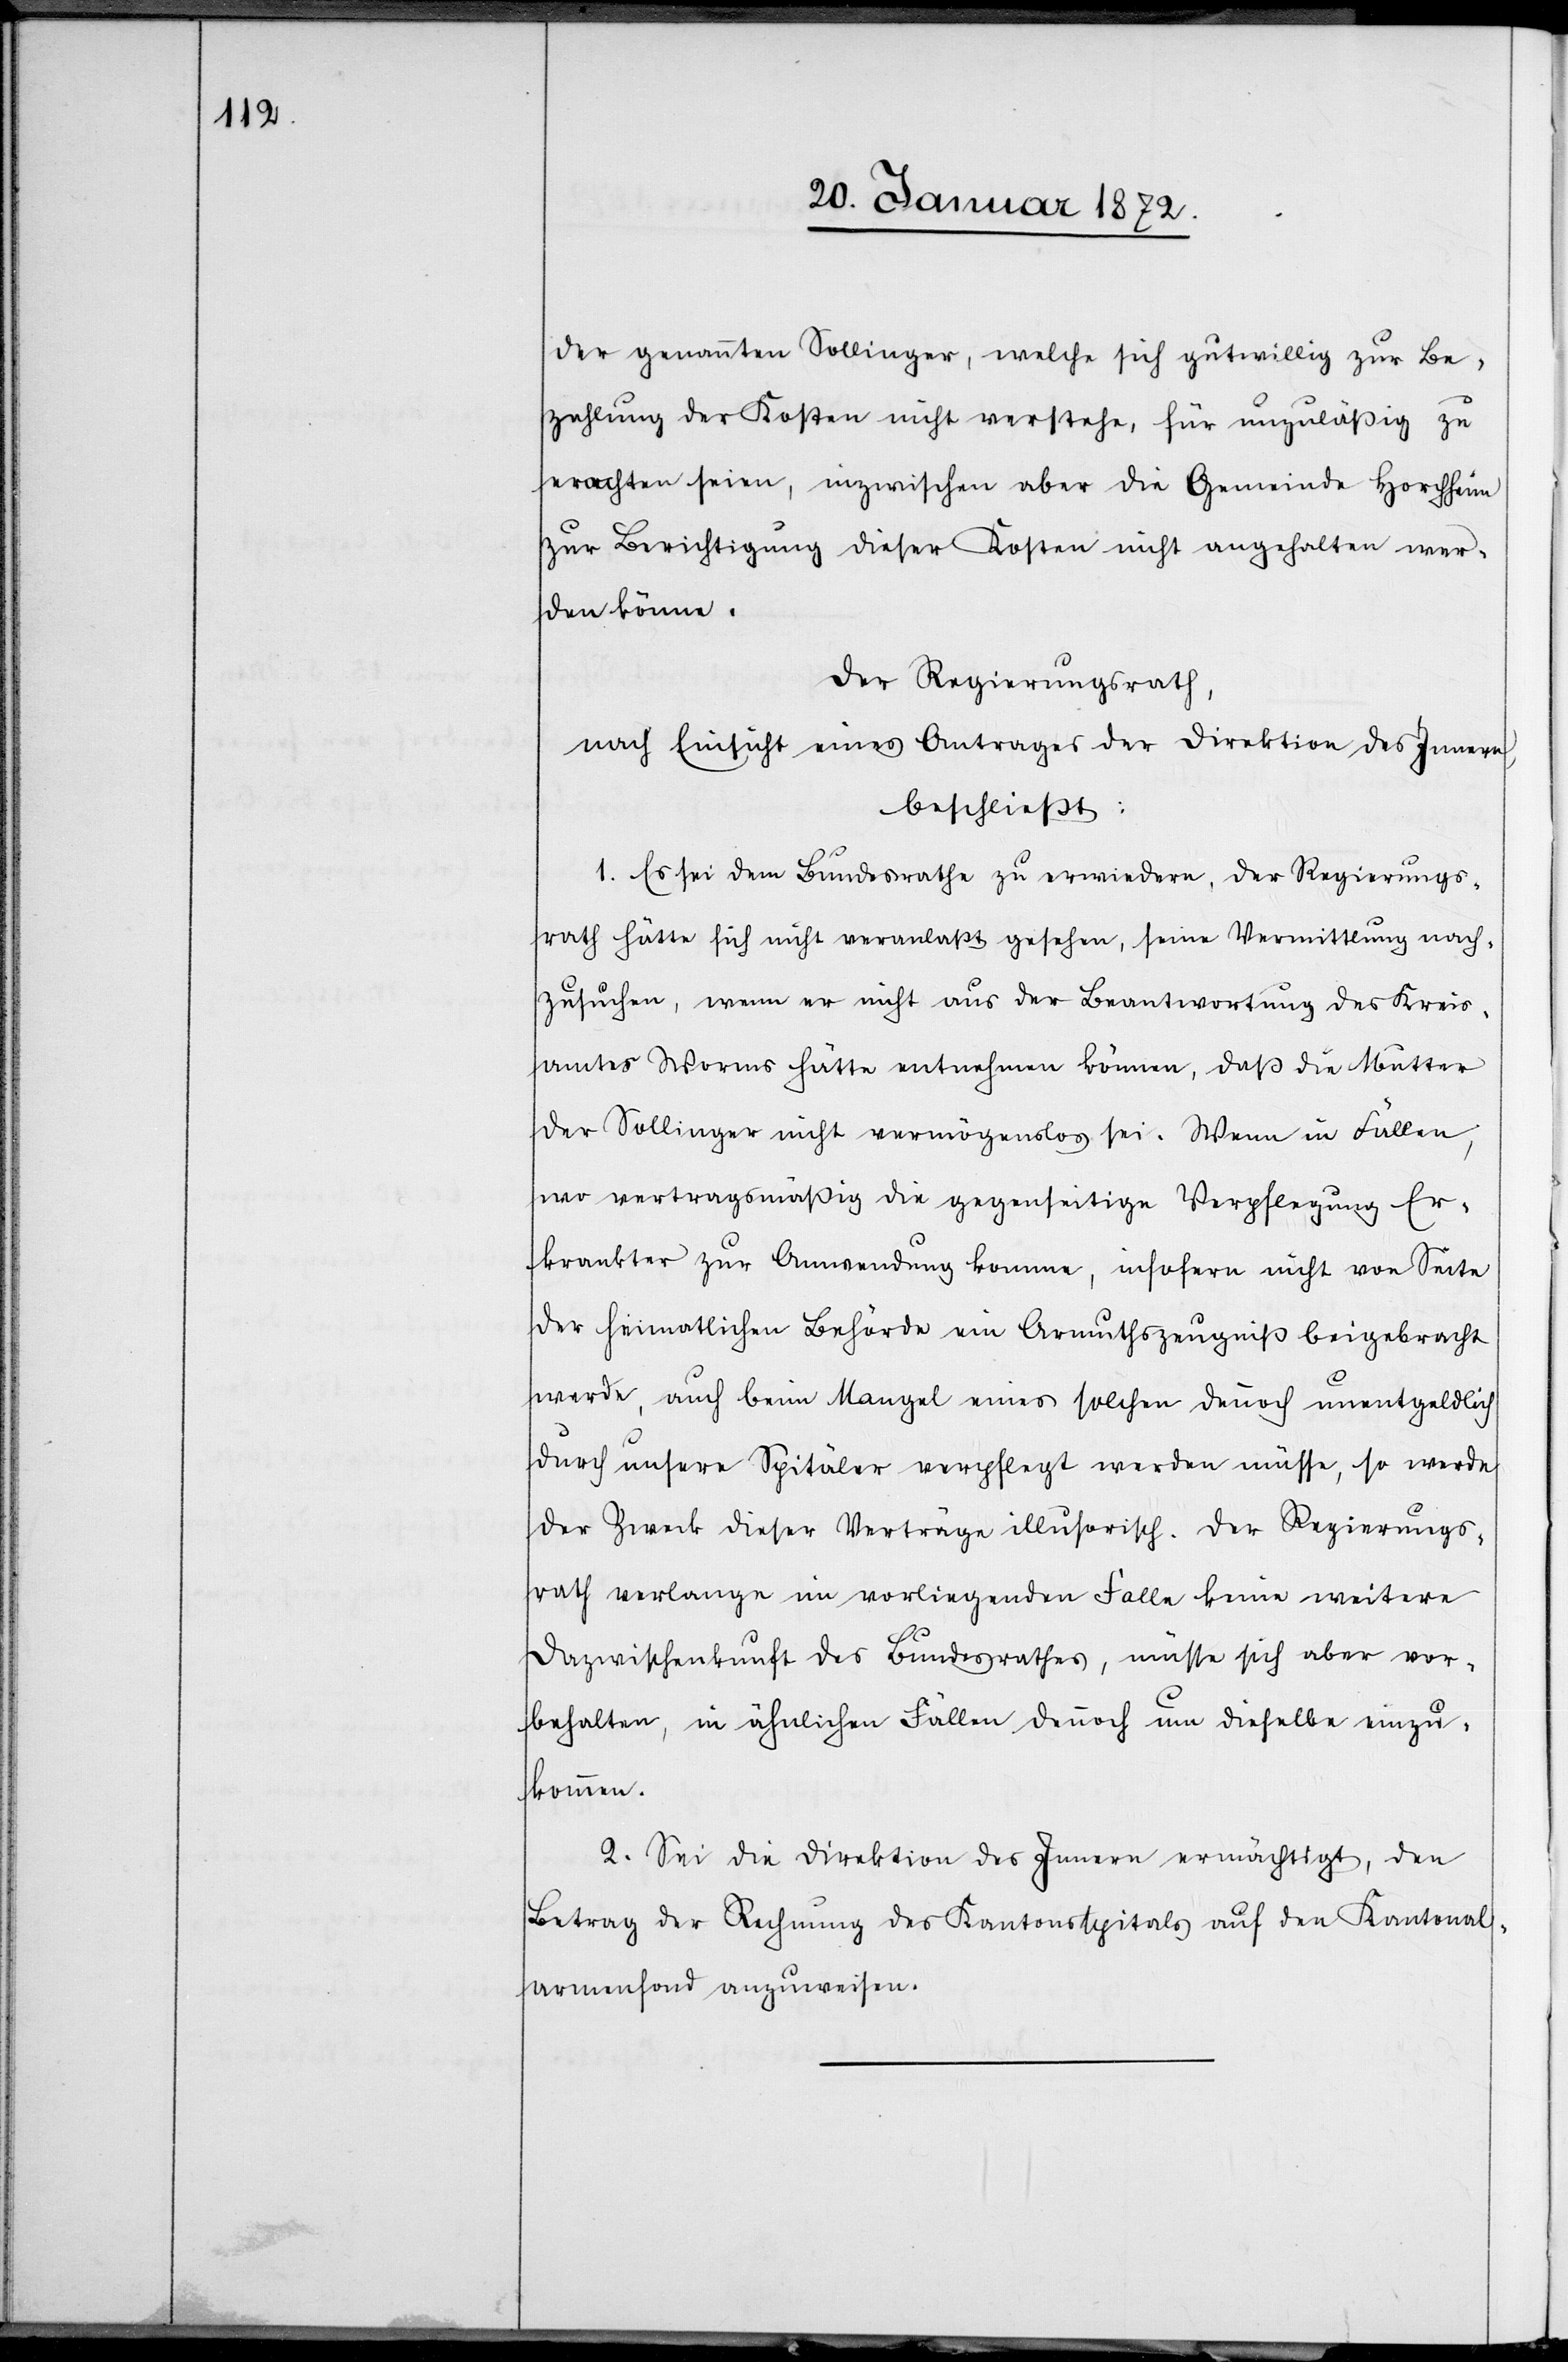
der genannten Sollinger, welche sich gutwillig zur Be¬
zahlung der Kosten nicht verstehe, für unzuläßig zu
erachten seien, inzwischen aber die Gemeinde Horchheim
zur Berichtigung dieser Kosten nicht angehalten wer¬
den könne.
Der Regierungsrath,
nach Einsicht eines Antrages der Direktion des Innern,
beschließt:
1. Es sei dem Bundesrathe zu erwiedern, der Regierungs¬
rath hätte sich nicht veranlaßt gesehen, seine Vermittlung nach¬
zusuchen, wenn er nicht aus der Beantwortung des Kreis¬
amtes Worms hätte entnehmen können, daß die Mutter
der Sollinger nicht vermögenslos sei. Wenn in Fällen,
wo vertragsmäßig die gegenseitige Verpflegung Er¬
krankter zur Anwendung komme, insofern nicht von Seite
der heimatlichen Behörde ein Armuthszeugniß beigebracht
werde, auch beim Mangel eines solchen dennoch unentgeldlich
durch unsere Spitäler verpflegt werden müsse, so werde
der Zweck dieser Verträge illusorisch. Der Regierungs¬
rath verlange im vorliegenden Falle keine weitere
Dazwischenkunft des Bundesrathes, müsse sich aber vor¬
behalten, in ähnlichen Fällen dennoch um dieselbe einzu¬
kommen.
2. Sei die Direktion des Innern ermächtigt, den
Betrag der Rechnung des Kantonsspitals auf den Kantonal¬
armenfond anzuweisen.